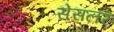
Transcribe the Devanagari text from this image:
सेसलर